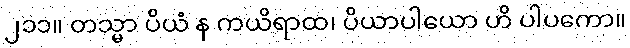
၂၁၁။ တသ္မာ ပိယံ န ကယိရာထ၊ ပိယာပါယော ဟိ ပါပကော။